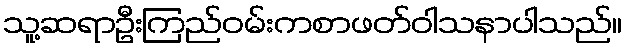
သူ့ဆရာဦးကြည်ဝမ်းကစာဖတ်ဝါသနာပါသည်။